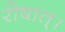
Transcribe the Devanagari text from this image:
रोषात्।